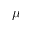
\mu